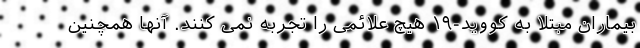
بیماران مبتلا به کووید-۱۹ هیچ علائمی را تجربه نمی کنند. آنها همچنین